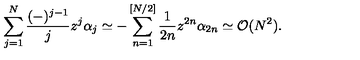
\sum _ { j = 1 } ^ { N } \frac { ( - ) ^ { j - 1 } } { j } z ^ { j } \alpha _ { j } \simeq - \sum _ { n = 1 } ^ { [ N / 2 ] } \frac { 1 } { 2 n } z ^ { 2 n } \alpha _ { 2 n } \simeq { \cal O } ( N ^ { 2 } ) .